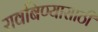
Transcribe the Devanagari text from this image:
रावबिण्यासाठी